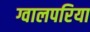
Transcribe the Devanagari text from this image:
ग्वालपरिया